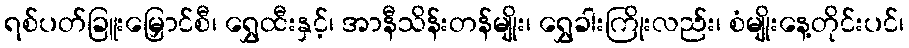
ရစ်ပတ်ခြူးမြှောင်စီ၊ ရွှေထီးနှင့်၊ အာနီသိန်းတန်မျိုး၊ ရွှေခါးကြိုးလည်း၊ စံမျိုးနေ့တိုင်းပင်၊